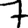
Digit: 7